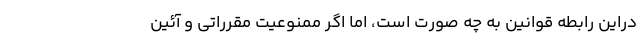
دراین رابطه قوانین به چه صورت است، اما اگر ممنوعیت مقرراتی و آئین